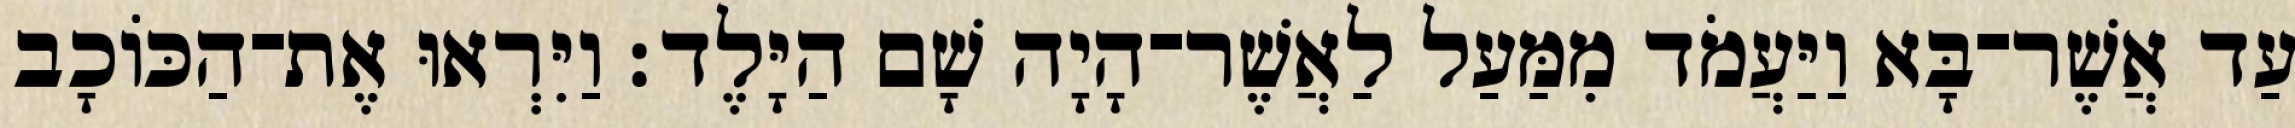
עַד אֲשֶׁר־בָּא וַיַּעֲמֹד מִמַּעַל לַאֲשֶׁר־הָיָה שָׁם הַיָּלֶד׃ וַיִּרְאוּ אֶת־הַכּוֹכָב